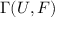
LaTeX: \Gamma ( U , F )